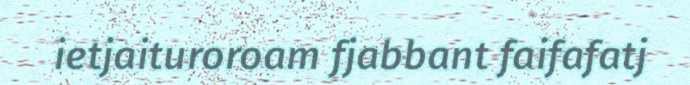
ietjaituroroam fjabbant faifafatj